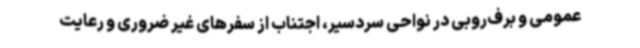
عمومی و برف‌روبی در نواحی سردسیر، اجتناب از سفرهای غیر ضروری و رعایت